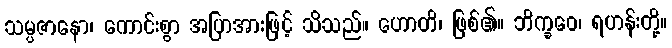
သမ္ပဇာနော၊ ကောင်းစွာ အပြာအားဖြင့် သိသည်။ ဟောတိ၊ ဖြစ်၏။ ဘိက္ခဝေ၊ ရဟန်းတို့။